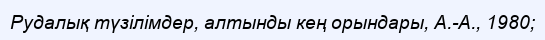
Рудалық түзілімдер, алтынды кең орындары, А.-А., 1980;